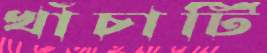
খাঁচাটি